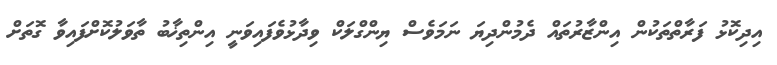
އިދިކޮޅު ފަރާތްތަކުން އިންޒާރުތައް ދެމުންދިޔަ ނަމަވެސް ޔިންގްލަކް ވިދާޅުވެފައިވަނީ އިންތިޚާބު ތާވަލުކޮށްފައިވާ ގޮތަށް